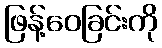
ဖြန့်ဝေခြင်းကို